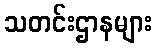
သတင်းဌာနများ